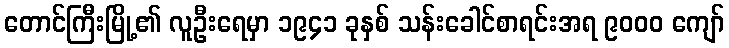
တောင်ကြီးမြို့၏ လူဦးရေမှာ ၁၉၄၁ ခုနှစ် သန်းခေါင်စာရင်းအရ ၉၀၀၀ ကျော်